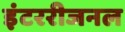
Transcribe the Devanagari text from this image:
इंटररीजनल